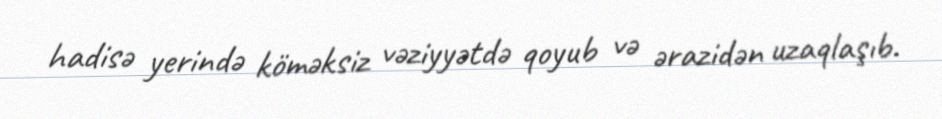
hadisə yerində köməksiz vəziyyətdə qoyub və ərazidən uzaqlaşıb.